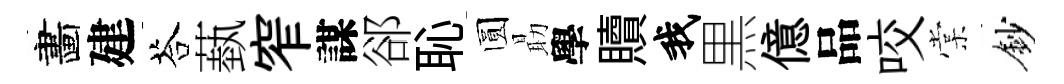
畵建荅蓺窄謀郤恥圆朂學贖我黒億品咬棠鈔